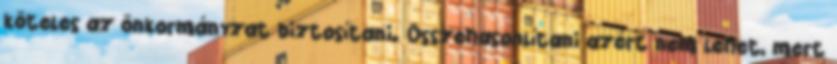
köteles az önkormányzat biztosítani. Összehasonlítani azért nem lehet, mert